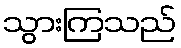
သွားကြသည်